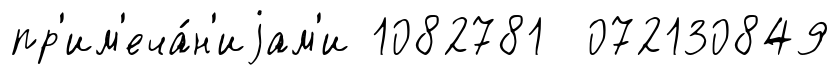
пр'им'еча́н'иjам'и 1082781 072130849